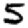
Digit: 5